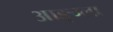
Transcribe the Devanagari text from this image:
आङ्ग्ला